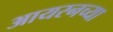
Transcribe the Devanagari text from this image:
आयरनच्या